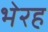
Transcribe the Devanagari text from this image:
भेरह